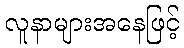
လူနာများအနေဖြင့်